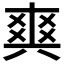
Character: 𤕤